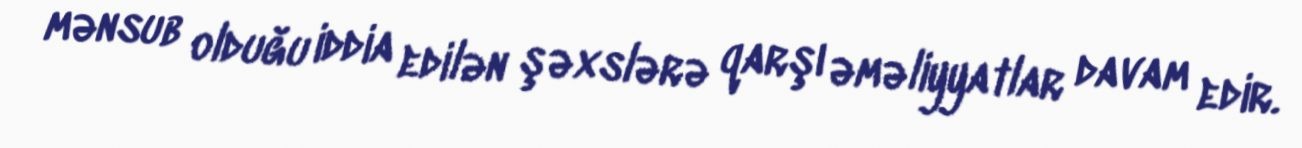
mənsub olduğu iddia edilən şəxslərə qarşı əməliyyatlar davam edir.